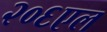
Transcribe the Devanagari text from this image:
२०६एल